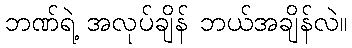
ဘဏ်ရဲ့ အလုပ်ချိန် ဘယ်အချိန်လဲ။